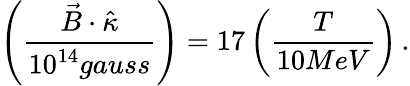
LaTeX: \left(\frac{\vec{B}\cdot\hat{\kappa}}{10^{14}gauss}\right)=17\left(\frac{T}{10MeV}\right)\, .